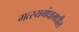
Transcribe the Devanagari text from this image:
मत्स्यगंधामधील